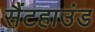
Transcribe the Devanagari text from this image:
सैंटहाउंड